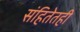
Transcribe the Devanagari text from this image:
संहितेतही